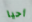
أحيا